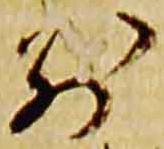
別